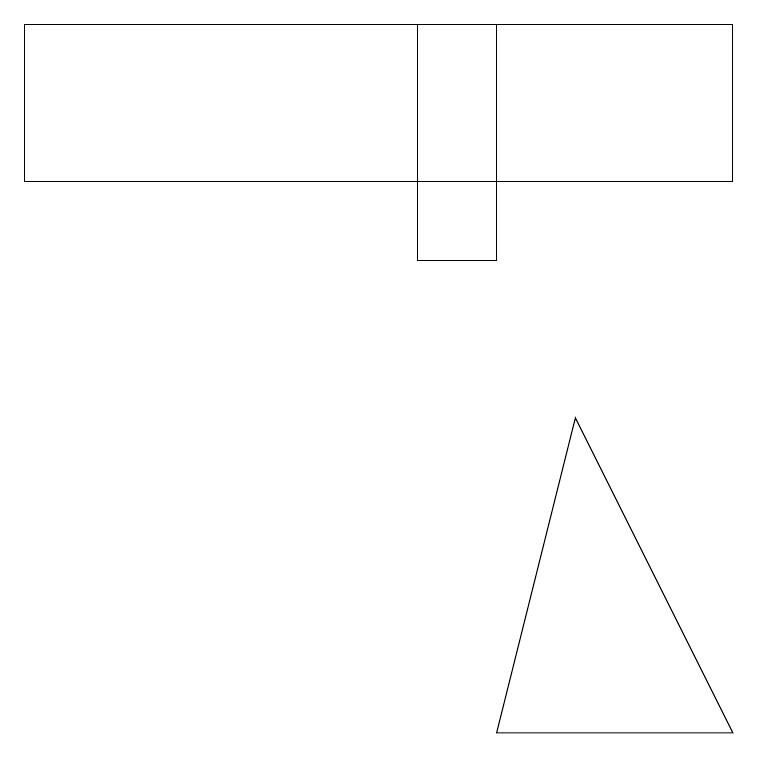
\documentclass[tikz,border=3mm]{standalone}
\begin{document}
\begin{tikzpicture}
\draw (6,14) rectangle (5,11);
\draw (0,14) rectangle (9,12);
\draw (6,5) -- (9,5) -- (7,9) -- cycle;
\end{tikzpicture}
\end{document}